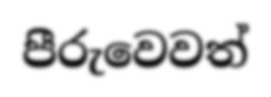
පීරුවෙවත්